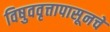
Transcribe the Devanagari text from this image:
विषुववृत्तापासूनचे